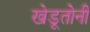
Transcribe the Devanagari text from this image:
खेडूतोनी